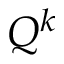
Q ^ { k }